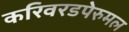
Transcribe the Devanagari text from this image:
करिवरडपेरुमल